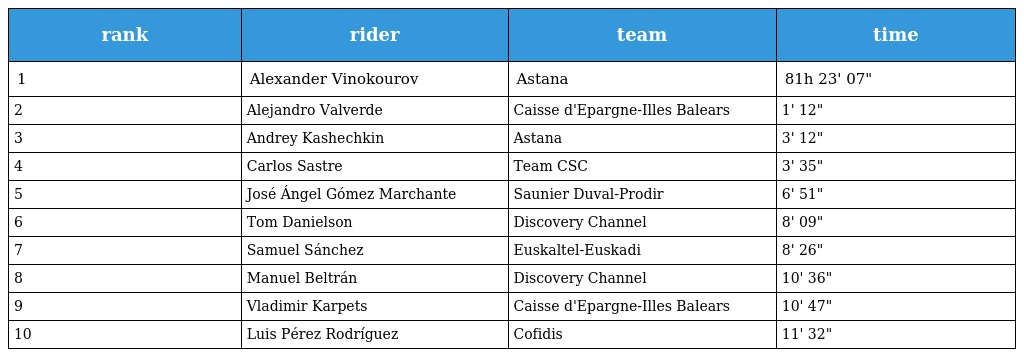
| rank | rider | team | time |
 | --- | --- | --- | --- |
 | 1 | Alexander Vinokourov | Astana | 81h 23' 07" |
 | 2 | Alejandro Valverde | Caisse d'Epargne-Illes Balears | 1' 12" |
 | 3 | Andrey Kashechkin | Astana | 3' 12" |
 | 4 | Carlos Sastre | Team CSC | 3' 35" |
 | 5 | José Ángel Gómez Marchante | Saunier Duval-Prodir | 6' 51" |
 | 6 | Tom Danielson | Discovery Channel | 8' 09" |
 | 7 | Samuel Sánchez | Euskaltel-Euskadi | 8' 26" |
 | 8 | Manuel Beltrán | Discovery Channel | 10' 36" |
 | 9 | Vladimir Karpets | Caisse d'Epargne-Illes Balears | 10' 47" |
 | 10 | Luis Pérez Rodríguez | Cofidis | 11' 32" |